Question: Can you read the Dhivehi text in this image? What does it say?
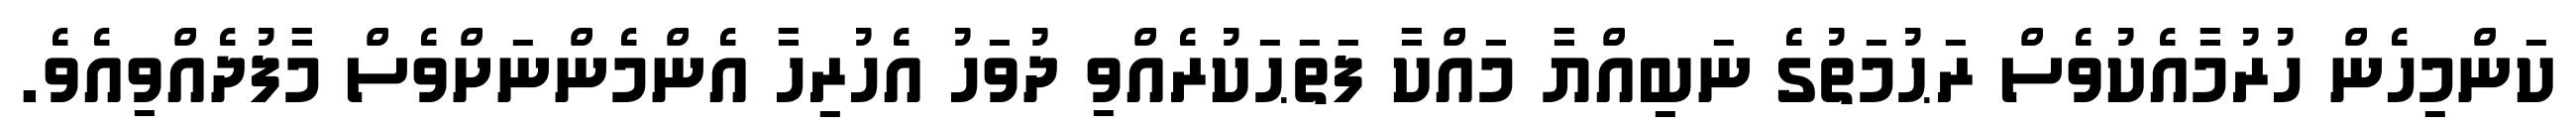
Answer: ކަންމިހެން ހުރުމާއެކުވެސް ރަޙުމަތުގެ ނަބިއްޔާ މައްކާ ފަތަޙަކުރެއްވި ދުވަހު އެހުރިހާ އެންމެންނަށްވެސް މާފުދެއްވިއެވެ.